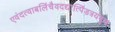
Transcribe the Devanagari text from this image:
एवंदत्वाबलिंचैवदद्यात्पिंडत्रयंबुधः